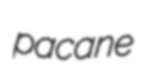
pacane